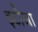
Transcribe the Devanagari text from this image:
इटौजा